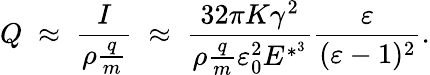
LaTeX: Q\; \approx\; \frac{I}{\rho\frac{q}{m}}\; \approx\; \frac{32\pi K\gamma^{2}}{\rho\frac{q}{m}\varepsilon_{0}^{2}E^{*^{3}}}\frac{\varepsilon}{(\varepsilon-1)^{2}}.